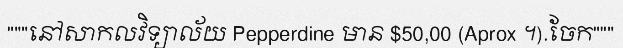
"""នៅសាកលវិទ្យាល័យ Pepperdine មាន $50,00 (Aprox ។).ចែក"""